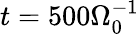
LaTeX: t=500\Omega_{0}^{-1}